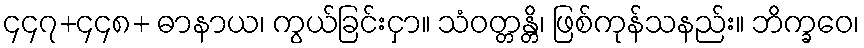
၄၄၇+၄၄၈+ ဓာနာယ၊ ကွယ်ခြင်းငှာ။ သံဝတ္တန္တိ၊ ဖြစ်ကုန်သနည်း။ ဘိက္ခဝေ၊